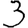
Digit: 3